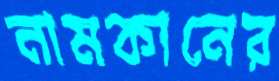
নামকানের